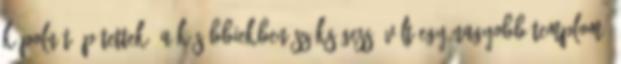
kápolnát építettek. A későbbiekben szükségessé vált egy nagyobb templom,